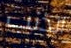
الذنب